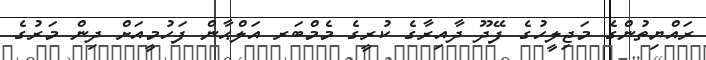
ރައްޔިތުންގެ މަޖިލީހުގެ ފޭދޫ ދާއިރާގެ ކުރީގެ މެމްބަރ އަލްޙާން ފަހުމީއަށް ދިން މަރުގެ